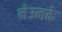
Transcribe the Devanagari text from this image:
नेउनके